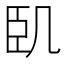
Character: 𠙉